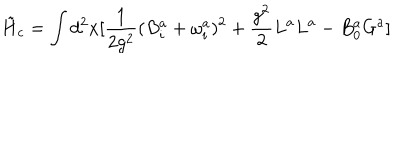
\tilde { H } _ { c } = \int d ^ { 2 } x [ \frac { 1 } { 2 g ^ { 2 } } ( B _ { i } ^ { a } + \omega _ { i } ^ { a } ) ^ { 2 } + \frac { g ^ { 2 } } { 2 } L ^ { a } L ^ { a } - B _ { 0 } ^ { a } G ^ { a } ]